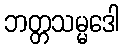
ဘတ္တသမ္မဒေါ